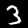
Label: 3